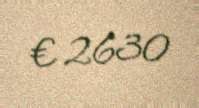
€ 2630